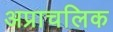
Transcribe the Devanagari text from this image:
अप्राचलिक